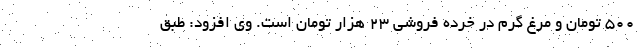
۵۰۰ تومان و مرغ گرم در خرده فروشی ۲۳ هزار تومان است. وی افزود: طبق